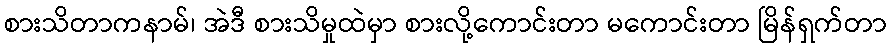
စားသိတာကနာမ်၊ အဲဒီ စားသိမှုထဲမှာ စားလို့ကောင်းတာ မကောင်းတာ မြိန်ရှက်တာ